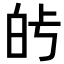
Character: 𤽗